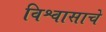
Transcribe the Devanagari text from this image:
विश्वासाचे